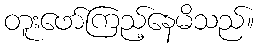
တူးဖော်ကြည့်နေမိသည်။